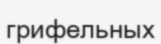
грифельных